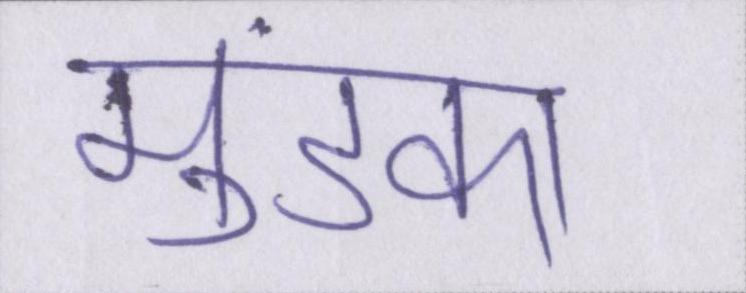
मुंडका